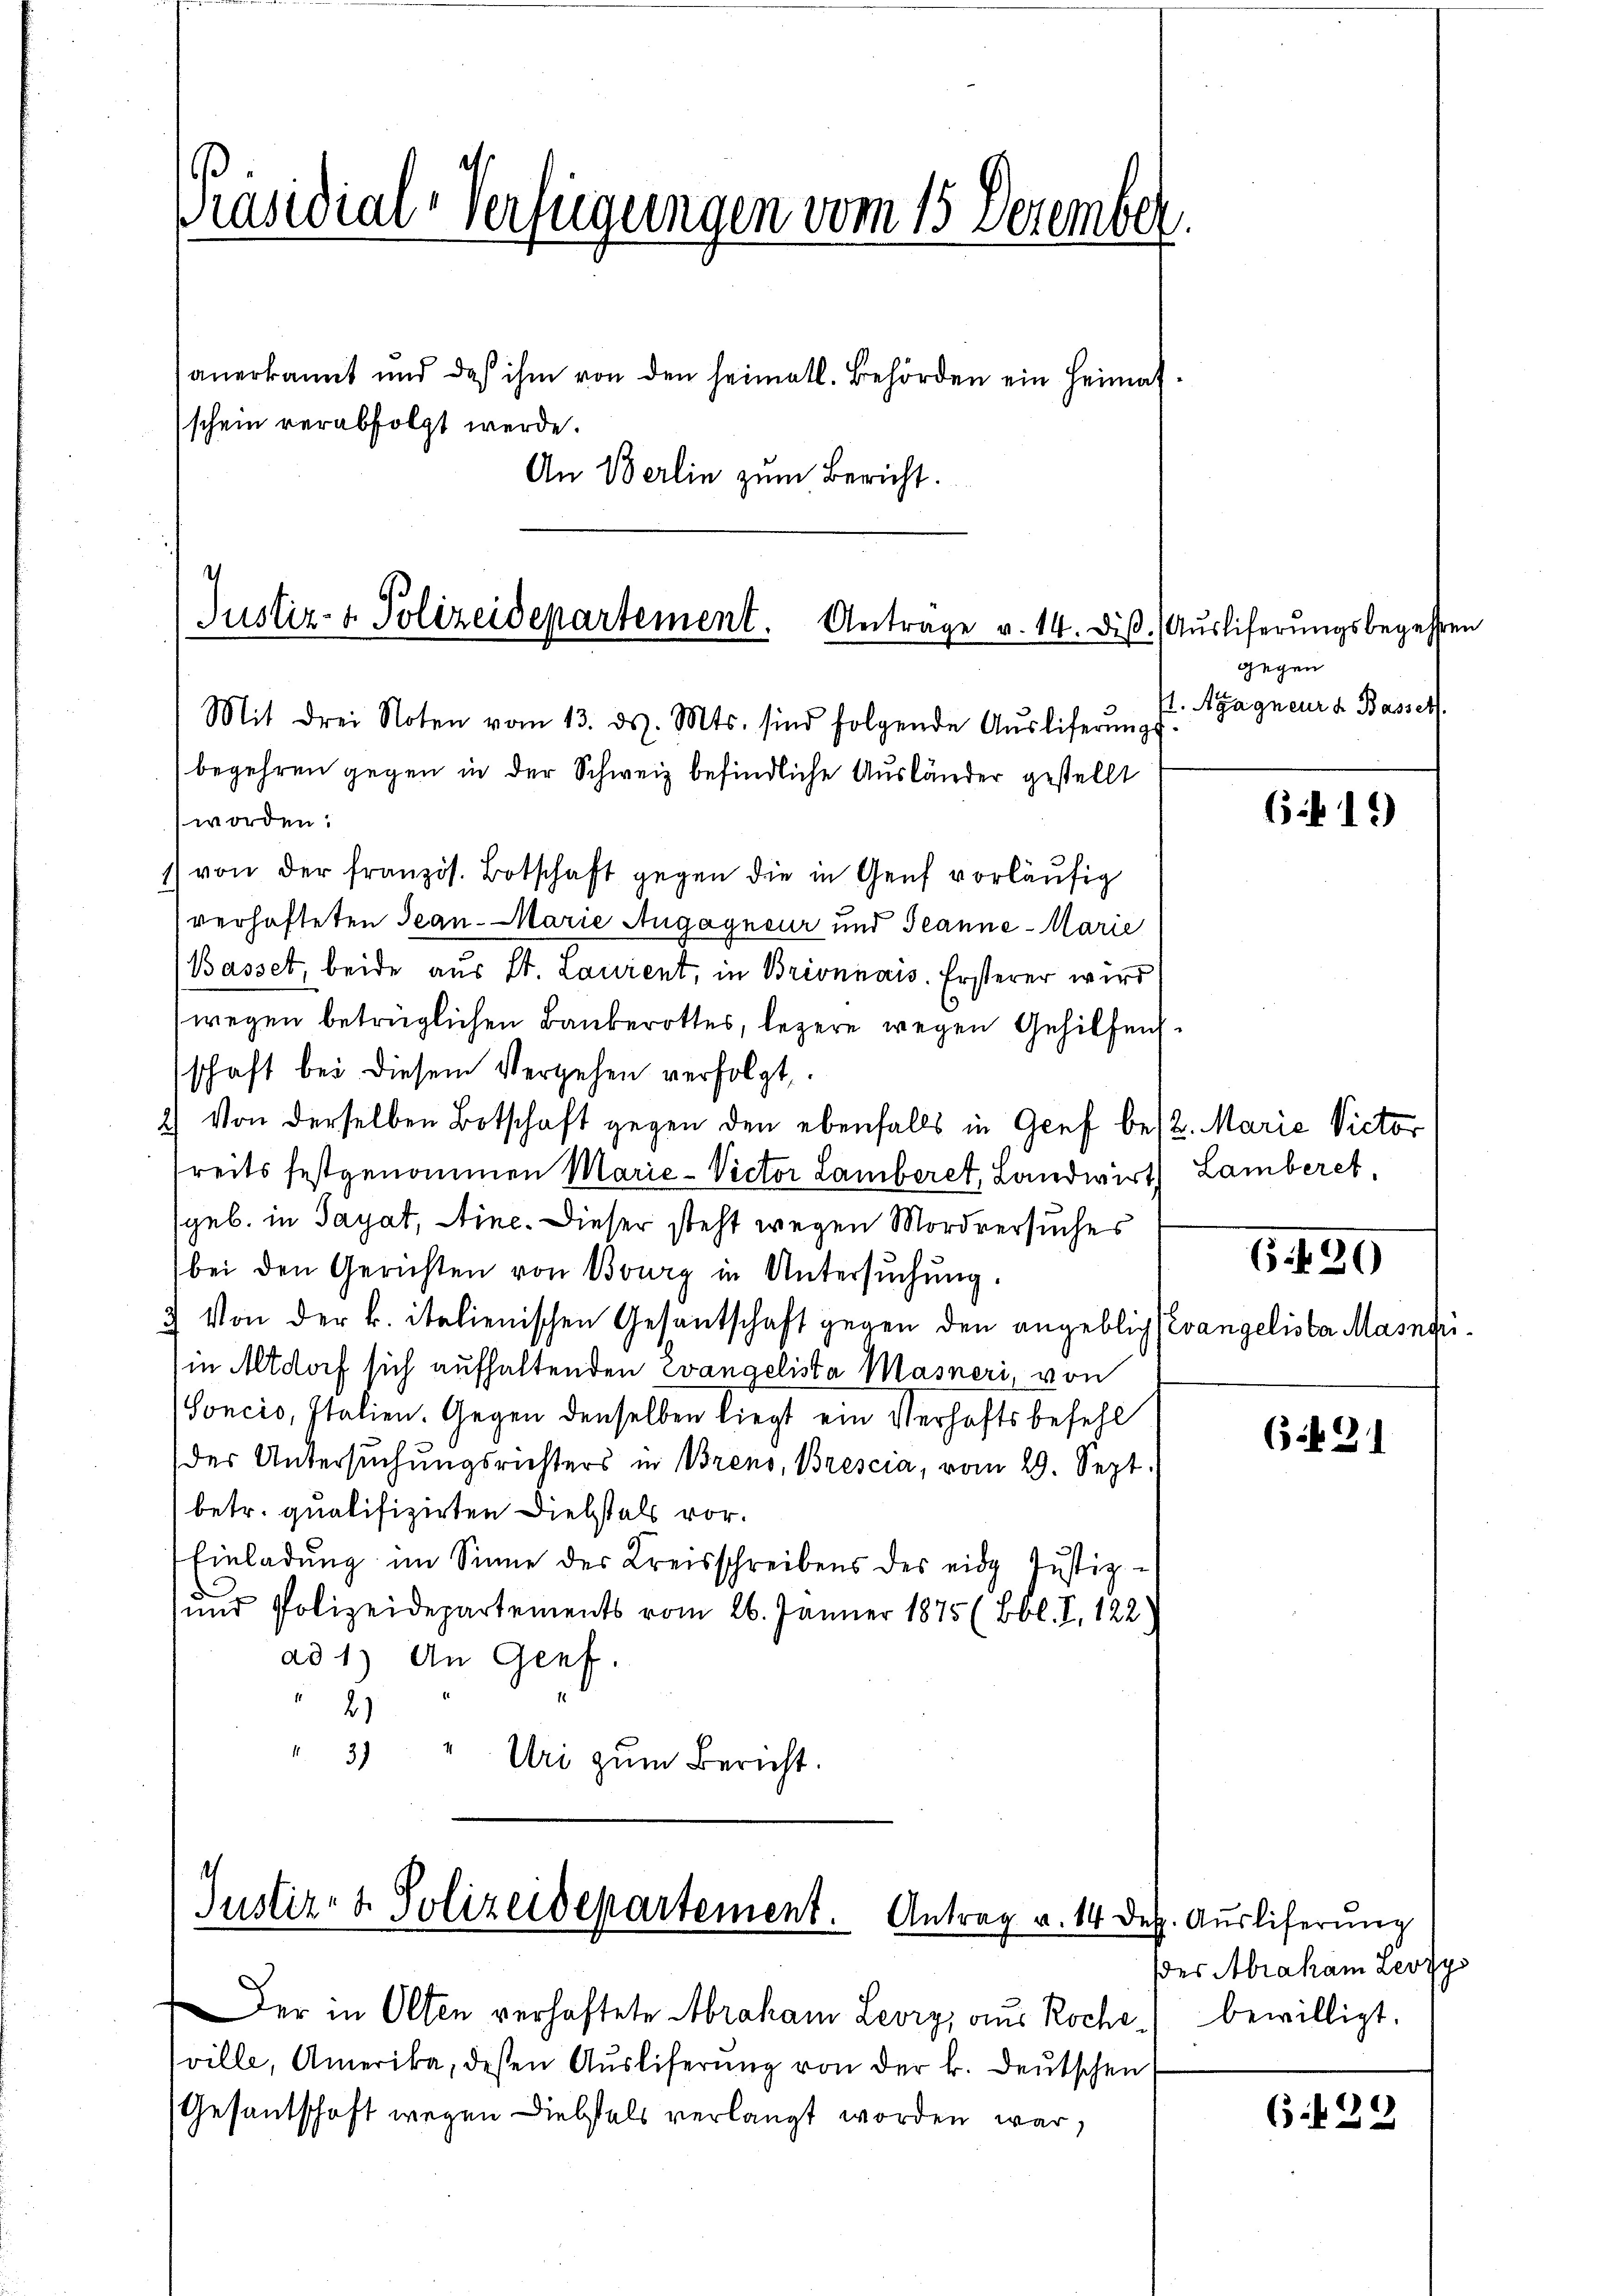
Präsidial-Verfügungen vom 15. Dezember.

anerkannt und das ihm von den heimatl. Behörden ein Heimatschein verabfolgt werde.

An Berlin zum Bericht.

Justiz- & Polizeidepartement. Antrage v. 14. diβ. (Ausliferŭngsbegehren
Mit drei Noten vom 13. ds. Mts. sind folgende Aŭsliferŭngs-

worden.
1) von der französ. Botschaft gegen die in Genf vorläufig
verhafteten Jean-Marie Augagneur und Jeanne - Marie
(Basset, beide aus St. Laurent, in Brionnais. Ersterer wird
wegen betrüglichen Bankerottes, lezere wegen Gehilfensschaft bei diesem Vergehen verfolgt.
2.) Von derselben Botschaft gegen den ebenfalls in Graf best. Marie Victor
reits festgenommen Marie-Victor Lamberet, Landwirth Lamberet,
(geb. in Sayat, Aine. Dieser steht wegen Mordversuches
bei den Gerichten von Bourg in Untersŭchŭng.
3 Von der k. italienischen Gesantschaft gegen den angeblic evangeliste Masneriin Altdorf sich aufhaltenden Evangelista Masneri, von
Soncio, Italien. Gegen denselben liegt ein Verhaftsbefehl
der Untersuchungsrichters in Brens, Brescia, vom 29. Sept.
betr. qualifizirten Diebstals vor.
Einladung im Sinne des Kreisschreibens des eidg Justiz-
und Polizeidepartements vom 26. Jänner 1875 (Bbl. I, 122)
ad 1) An Genf.
2)
3)
" Uri zum Bericht.

begehren gegen in der Schweiz befindliche Ausländer gestellt

Justiz- & Polizeidepartement.
Antrag u. 14 Dez. Auslieferung

Der in Olten verhaftete Abraham Leory, aus Rocheville, Amerika, deßen Auslieferung von der k. deutschen
Gesandschaft wegen Diebstals verlangt worden war,

gegen
I. Agagneurs Basser

611)

6.430

621

der Abraham Leozys
bewilligt.

(529